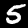
Digit: 5